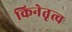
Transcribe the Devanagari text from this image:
किनेतृत्व